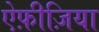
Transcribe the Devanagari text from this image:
ऐफ़ीज़िया